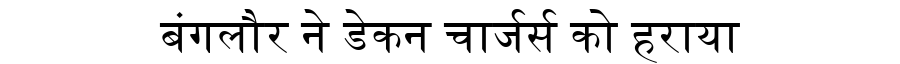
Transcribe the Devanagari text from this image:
बंगलौर ने डेकन चार्जर्स को हराया